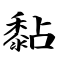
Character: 黏